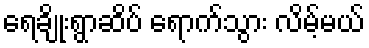
ရေချိုးရွာဆိပ် ရောက်သွား လိမ့်မယ်